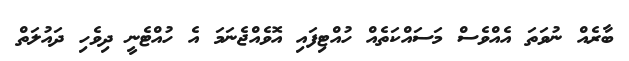
ބާރެއް ނުވަތަ އެއްވެސް މަސައްކަތެއް ހުއްޓިފައި އޮވެއްޖެނަމަ އެ ހުއްޓެނީ ދިވެހި ދައުލަތް